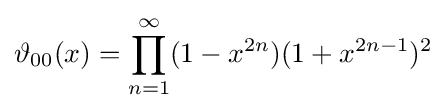
\vartheta _{00}(x)=\prod _{n=1}^{\infty }(1-x^{2n})(1+x^{2n-1})^{2}